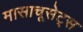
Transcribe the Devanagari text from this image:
मासाचूसेट्स